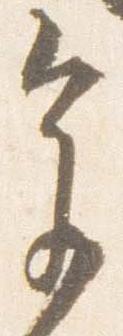
参